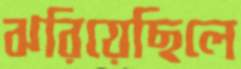
ঝরিয়েছিলে